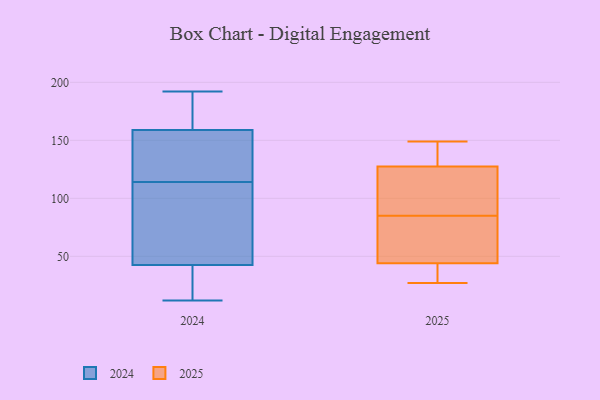
{"axis": {"x": "Population (Million)", "y": "Value"}, "legend": ["2024", "2025"], "data": [{"x": "", "y": 137, "type": "2025"}, {"x": "", "y": 149, "type": "2025"}, {"x": "", "y": 124, "type": "2025"}, {"x": "", "y": 122, "type": "2025"}, {"x": "", "y": 131, "type": "2025"}, {"x": "", "y": 31, "type": "2025"}, {"x": "", "y": 103, "type": "2025"}, {"x": "", "y": 67, "type": "2025"}, {"x": "", "y": 36, "type": "2025"}, {"x": "", "y": 27, "type": "2025"}, {"x": "", "y": 60, "type": "2025"}, {"x": "", "y": 52, "type": "2025"}, {"x": "", "y": 15, "type": "2024"}, {"x": "", "y": 38, "type": "2024"}, {"x": "", "y": 118, "type": "2024"}, {"x": "", "y": 63, "type": "2024"}, {"x": "", "y": 27, "type": "2024"}, {"x": "", "y": 166, "type": "2024"}, {"x": "", "y": 110, "type": "2024"}, {"x": "", "y": 129, "type": "2024"}, {"x": "", "y": 143, "type": "2024"}, {"x": "", "y": 69, "type": "2024"}, {"x": "", "y": 174, "type": "2024"}, {"x": "", "y": 152, "type": "2024"}, {"x": "", "y": 192, "type": "2024"}, {"x": "", "y": 12, "type": "2024"}, {"x": "", "y": 47, "type": "2024"}, {"x": "", "y": 166, "type": "2024"}]}